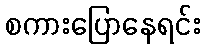
စကားပြောနေရင်း